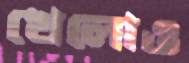
খেলোও